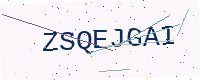
Text: ZSQEJGAI